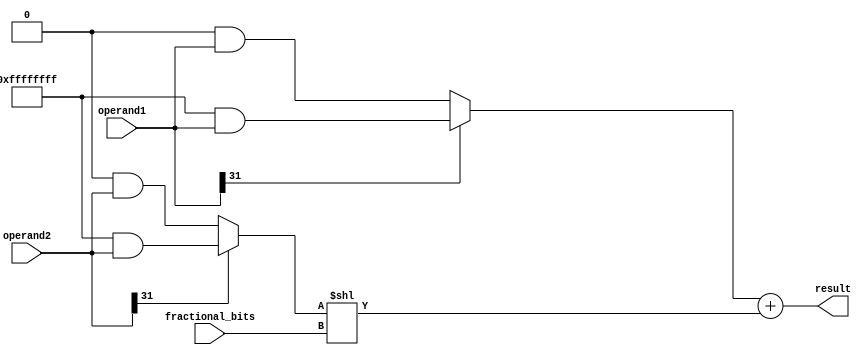
module fixed_point_adder(
    input wire [31:0] operand1, // Fixed-point input operand 1
    input wire [31:0] operand2, // Fixed-point input operand 2
    input wire [31:0] fractional_bits, // Number of fractional bits
    output reg [31:0] result // Fixed-point output result
);

reg [31:0] sign_extended_operand1;
reg [31:0] sign_extended_operand2;
reg [31:0] aligned_operand2;

// Sign extension of operands
always @(*) begin
    if (operand1[31] == 1'b1) begin
        sign_extended_operand1 = {32{1'b1}} & operand1;
    end else begin
        sign_extended_operand1 = {32{1'b0}} & operand1;
    end
    
    if (operand2[31] == 1'b1) begin
        sign_extended_operand2 = {32{1'b1}} & operand2;
    end else begin
        sign_extended_operand2 = {32{1'b0}} & operand2;
    end
end

// Shifting to align decimal points
always @(*) begin
    aligned_operand2 = sign_extended_operand2 << fractional_bits;
end

// Addition operation
always @(*) begin
    result = sign_extended_operand1 + aligned_operand2;
end

endmodule